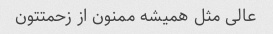
عالی مثل همیشه ممنون از زحمتتون